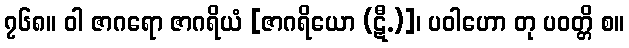
၇၆၈။ ဝါ ဇာဂရော ဇာဂရိယံ [ဇာဂရိယော (ဋီ.)]၊ ပဝါဟော တု ပဝတ္တိ စ။